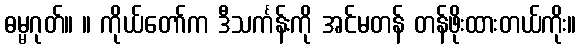
ဓမ္မဂုတ်။ ။ ကိုယ်တော်က ဒီသင်္ကန်းကို အင်မတန် တန်ဖိုးထားတယ်ကိုး။